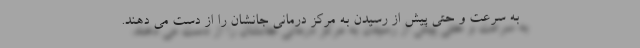
به سرعت و حتی پیش از رسیدن به مرکز درمانی جانشان را از دست می دهند.